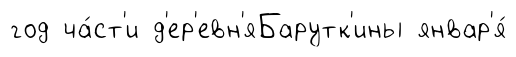
год ча́ст'и д'ер'евн'яБарутк'ины январ'я́